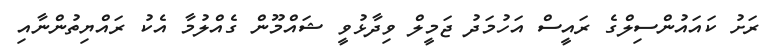
ރަށު ކައައުންސިލްގެ ރައީސް އަހުމަދު ޖަމީލް ވިދާޅުވީ ޝައްމޫން ގެއްލުމާ އެކު ރައްޔިތުންނާއި